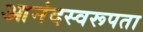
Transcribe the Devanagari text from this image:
आनंदस्वरूपता